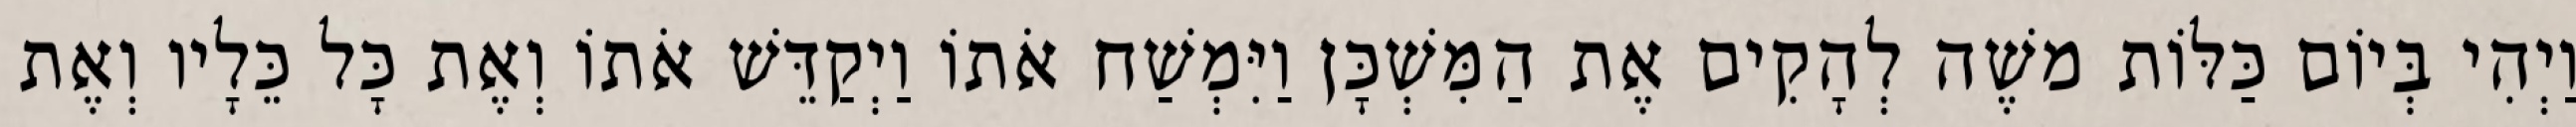
וַיְהִי בְּיוֹם כַּלּוֹת משֶׁה לְהָקִים אֶת הַמִּשְׁכָּן וַיִּמְשַׁח אֹתוֹ וַיְקַדֵּשׁ אֹתוֹ וְאֶת כָּל כֵּלָיו וְאֶת